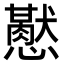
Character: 𢤍